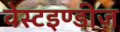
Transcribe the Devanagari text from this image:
वेस्टइण्डीज़